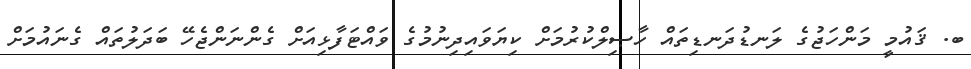
ބ. ޤައުމީ މަންހަޖުގެ ލަނޑުދަނޑިތައް ހާޞިލްކުރުމަށް ކިޔަވައިދިނުމުގެ ވައްޓަފާޅިއަށް ގެންނަންޖެހޭ ބަދަލުތައް ގެނައުމަށް